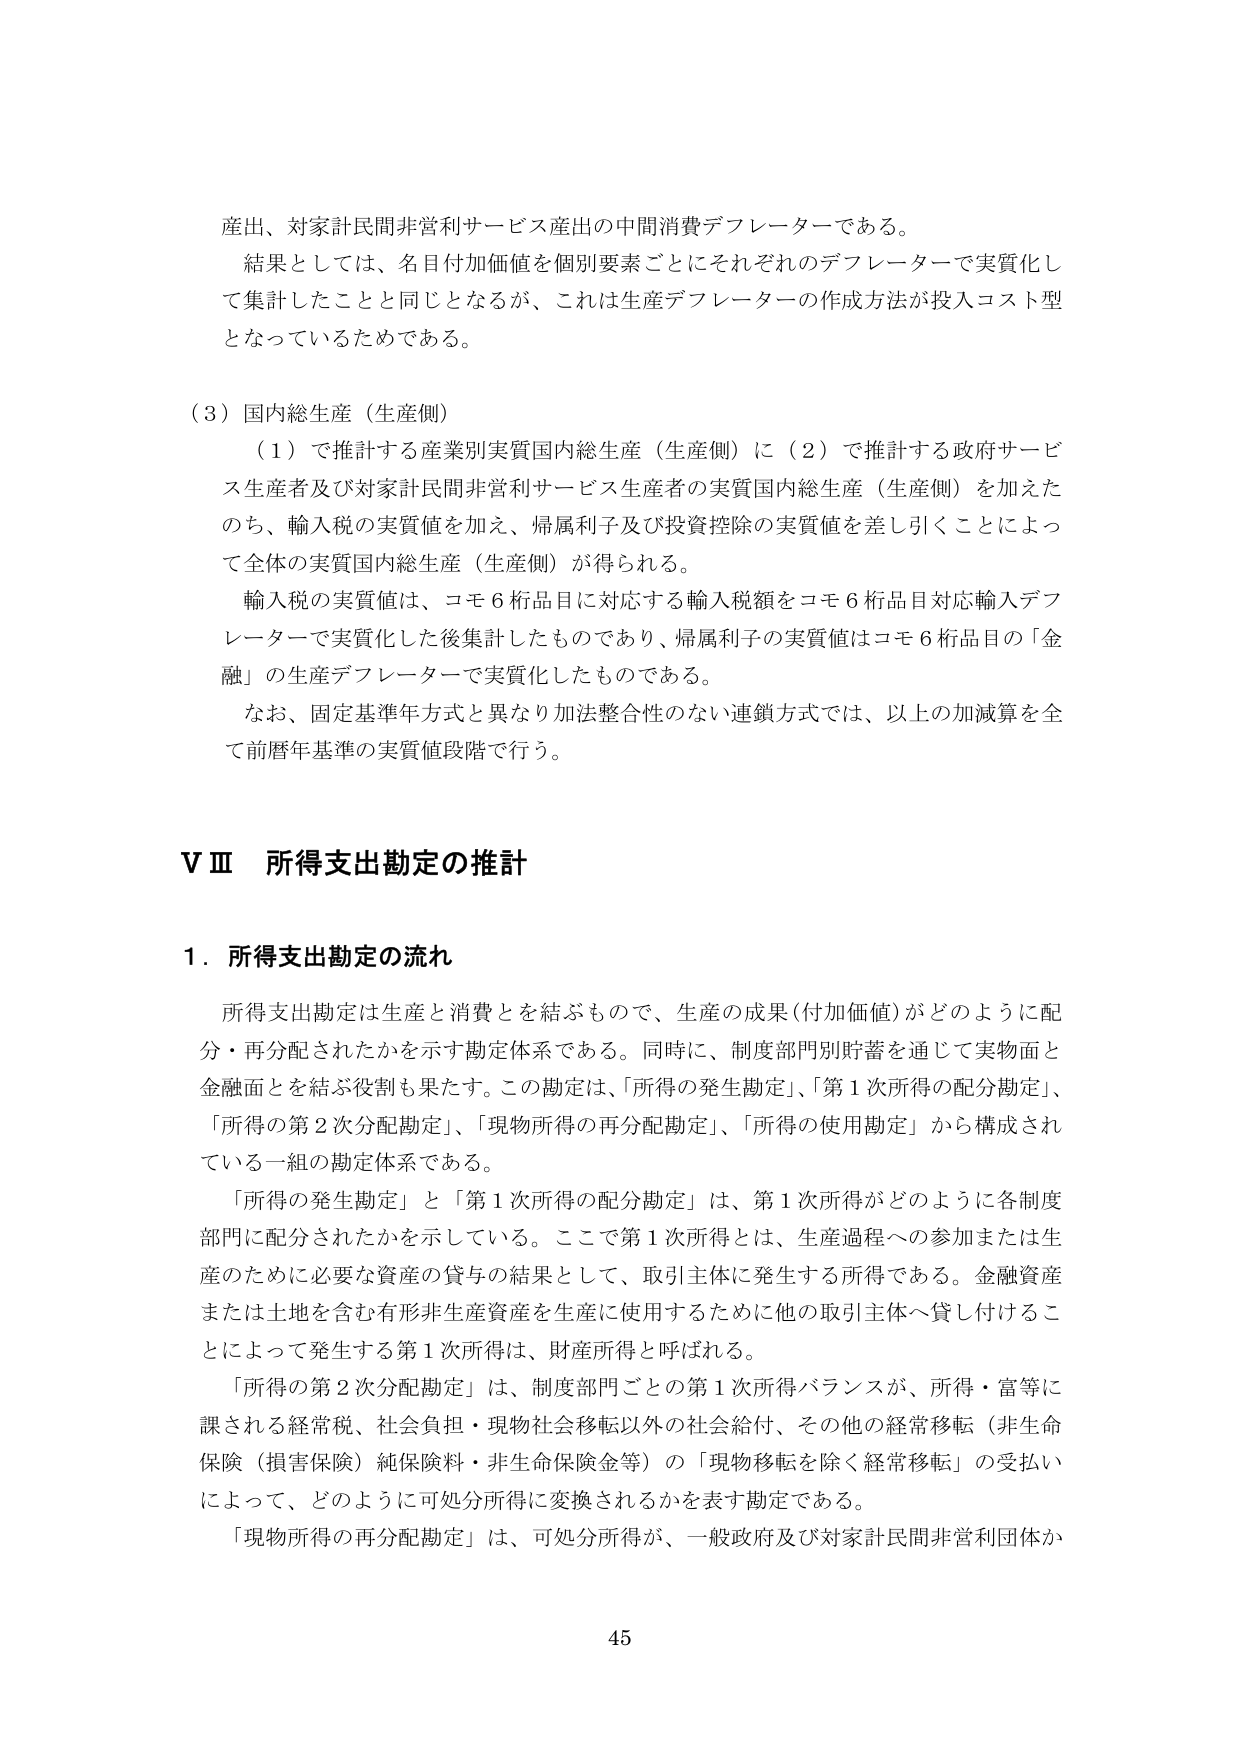
産出、対家計民間非営利サービス産出の中間消費デフレーターである。
結果としては、名目付加価値を個別要素ごとにそれぞれのデフレーターで実質化して集計したことと同じとなるが、これは生産デフレーターの作成方法が投入コスト型となっているためである。

（３）国内総生産（生産側）
　（１）で推計する産業別実質国内総生産（生産側）に（２）で推計する政府サービス生産者及び対家計民間非営利サービス生産者の実質国内総生産（生産側）を加えたのち、輸入税の実質値を加え、帰属利子及び投資控除の実質値を差し引くことによって全体の実質国内総生産（生産側）が得られる。
　輸入税の実質値は、コモ６桁品目に対応する輸入税額をコモ６桁品目対応輸入デフレーターで実質化した後集計したものであり、帰属利子の実質値はコモ６桁品目の「金融」の生産デフレーターで実質化したものである。
　なお、固定基準年方式と異なり加法整合性のない連鎖方式では、以上の加減算を全て前暦年基準の実質値段階で行う。

ⅤⅢ 所得支出勘定の推計

１．所得支出勘定の流れ
　所得支出勘定は生産と消費を結ぶもので、生産の成果（付加価値）がどのように配分・再分配されたかを示す勘定体系である。同時に、制度部門別貯蓄を通じて実物面と金融面とを結ぶ役割も果たす。この勘定は、「所得の発生勘定」、「第１次所得の配分勘定」、「所得の第２次分配勘定」、「現物所得の再分配勘定」、「所得の使用勘定」から構成されている一組の勘定体系である。
　「所得の発生勘定」と「第１次所得の配分勘定」は、第１次所得がどのように各制度部門に配分されたかを示している。ここで第１次所得とは、生産過程への参加または生産のために必要な資産の貸与の結果として、取引主体に発生する所得である。金融資産または土地を含む有形非生産資産を生産に使用するために他の取引主体へ貸し付けることによって発生する第１次所得は、財産所得と呼ばれる。
　「所得の第２次分配勘定」は、制度部門ごとの第１次所得バランスが、所得・富等に課される経常税、社会負担・現物社会移転以外の社会給付、その他の経常移転（非生命保険（損害保険）純保険料・非生命保険金等）の「現物移転を除く経常移転」の受払いによって、どのように可処分所得に変換されるかを表す勘定である。
　「現物所得の再分配勘定」は、可処分所得が、一般政府及び対家計民間非営利団体か

45